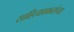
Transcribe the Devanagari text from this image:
साहित्यप्रकारांच्या